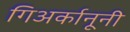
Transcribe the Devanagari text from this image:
गिअर्कानूनी